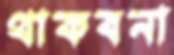
থাকবনা